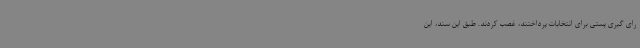
رای گیری پستی برای انتخابات پرداختند، غصب کردند. طبق این سند، این